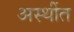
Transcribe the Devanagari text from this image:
अस्थींत